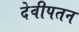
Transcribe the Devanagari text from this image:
देवीपतन